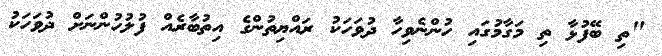
"ތި ބޭފުޅާ ތި މަގާމުގައި ހުންނެވިހާ ދުވަހަކު ރައްޔިތުންގެ އިތުބާރެއް ފުލުހުންނަށް ދުވަހަކު